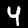
Digit: 4